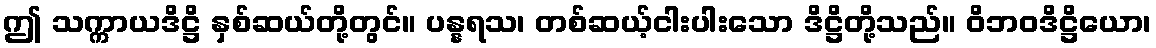
ဤ သက္ကာယဒိဋ္ဌိ နှစ်ဆယ်တို့တွင်။ ပန္နရသ၊ တစ်ဆယ့်ငါးပါးသော ဒိဋ္ဌိတို့သည်။ ဝိဘဝဒိဋ္ဌိယော၊